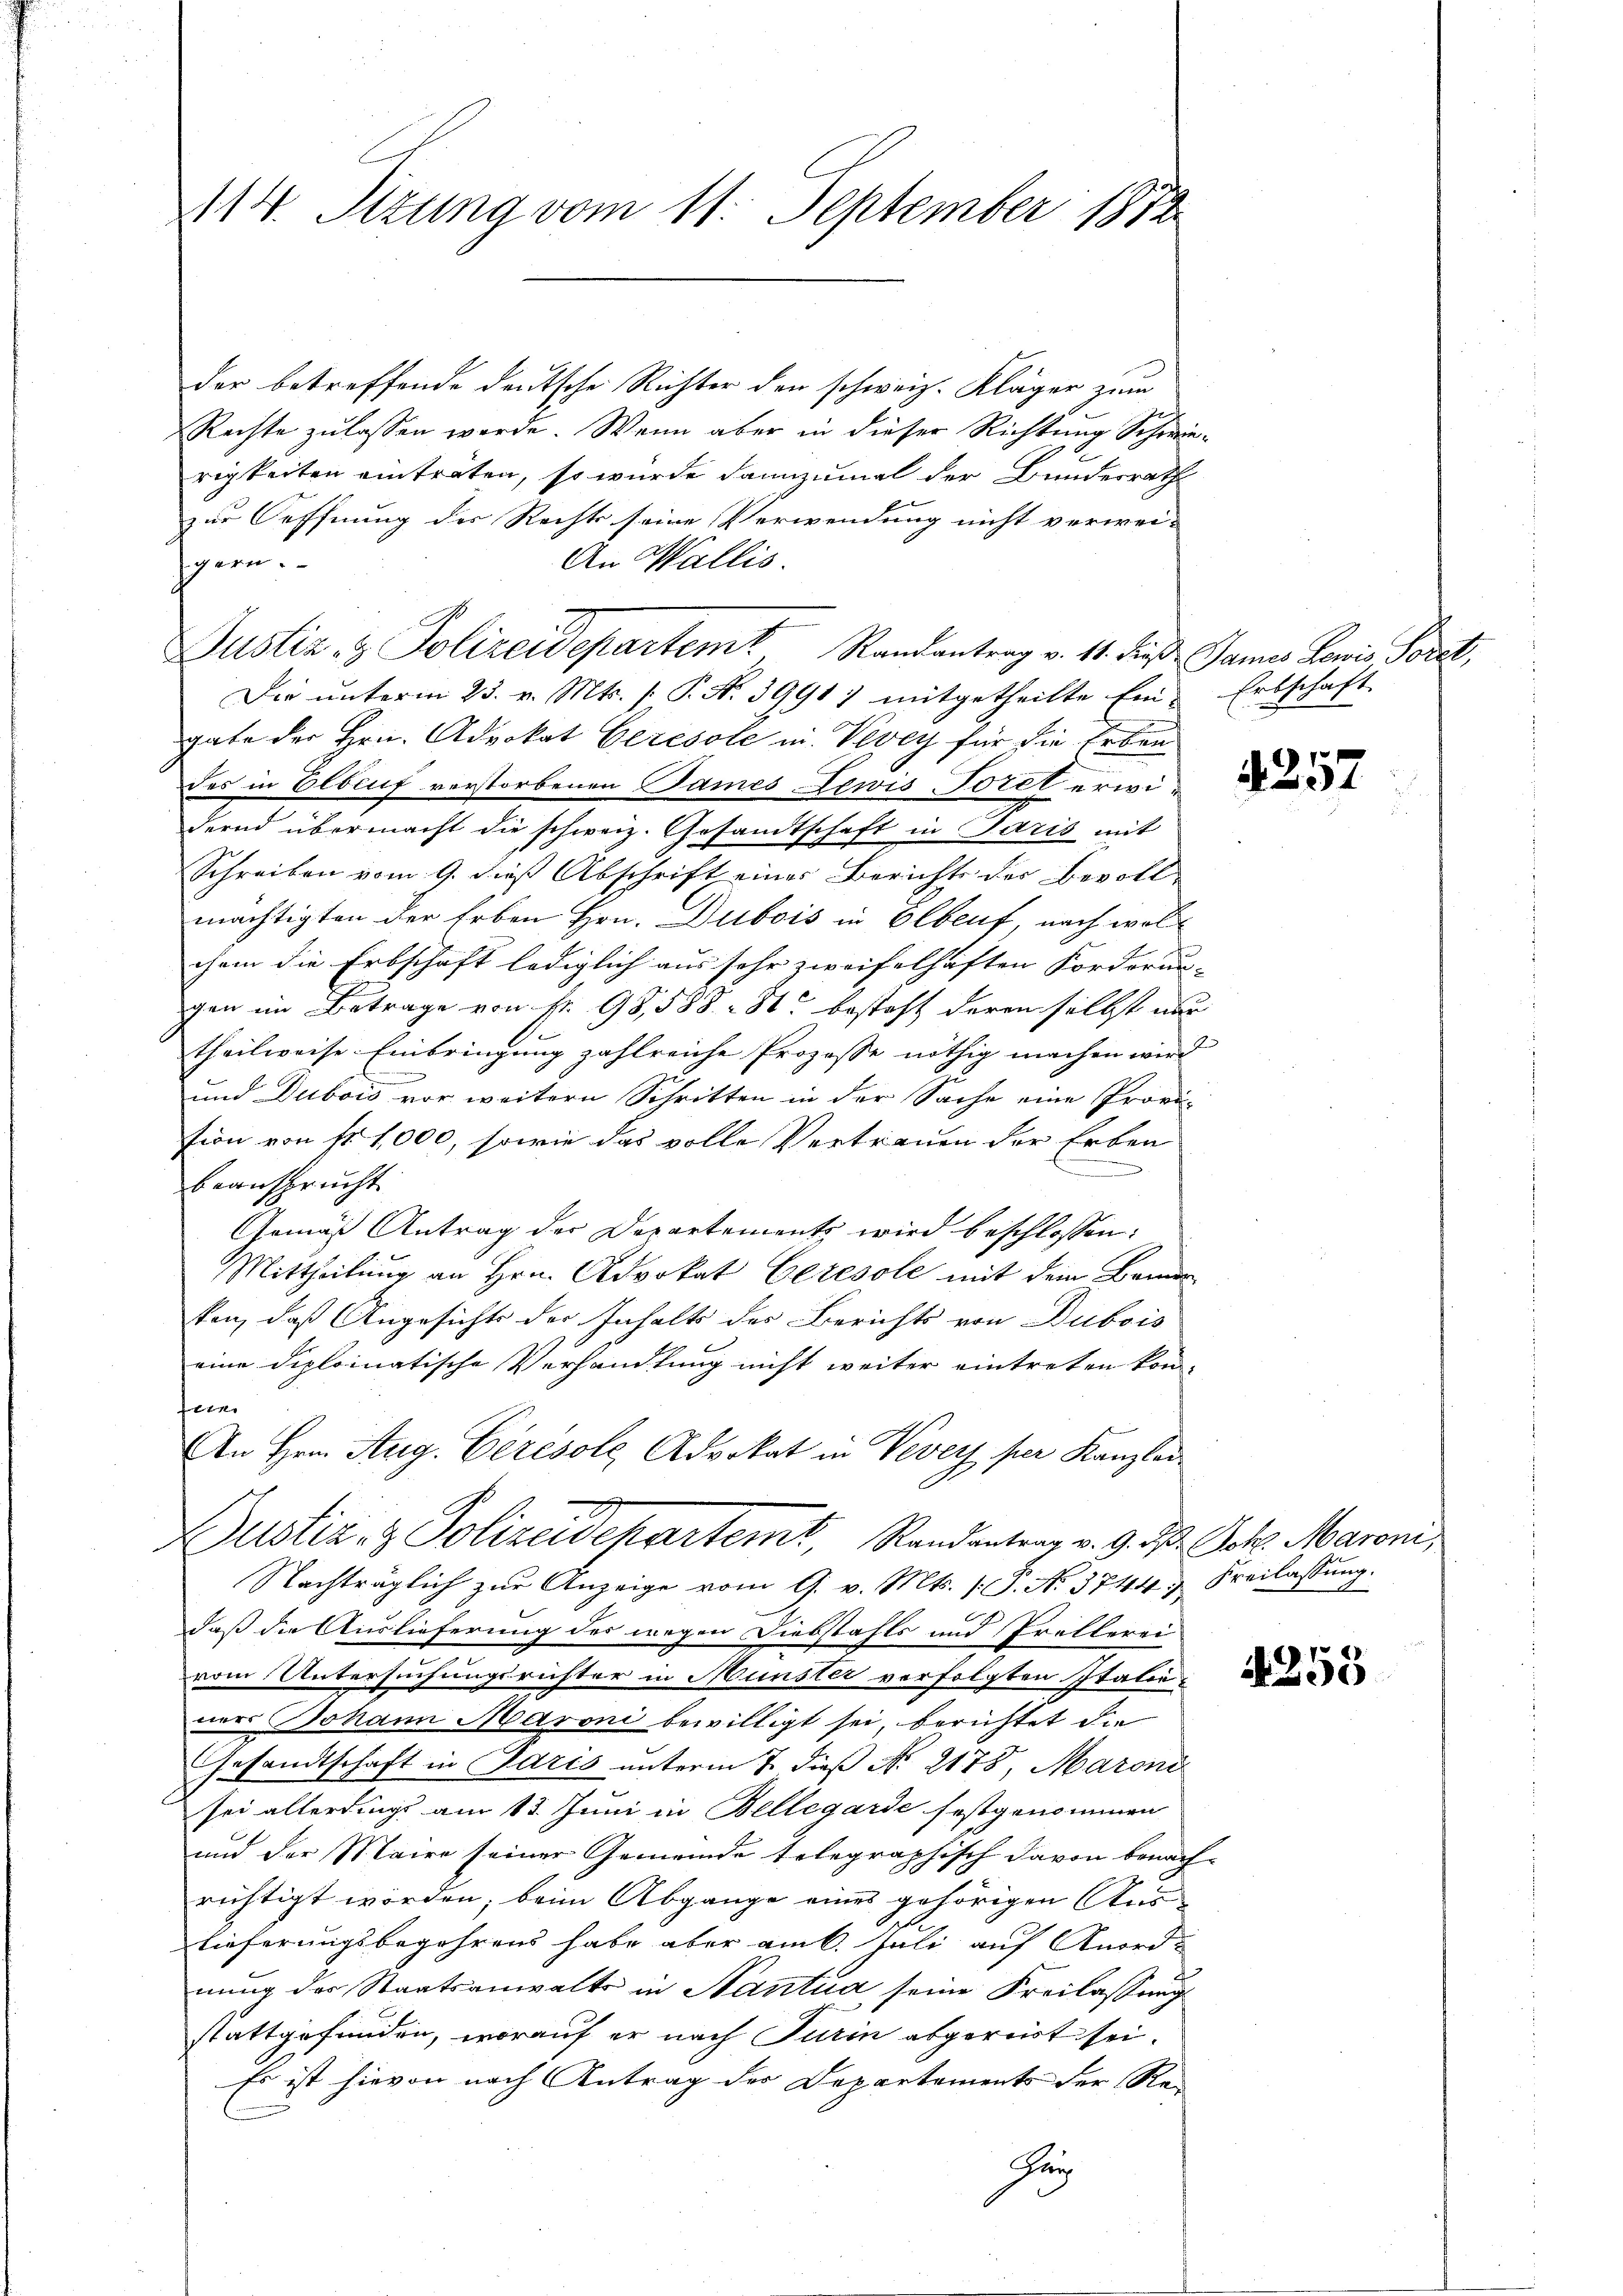
114. Stzung vom 11. September 1872

der betreffende deutsche Richter den schweiz. Kläger zum
Rechte zu lassen werde. Wenn aber in dieser Richtung Schwierigkeiten einträten, so wurde dannzumal der Bundesrath
zur Oeffnung des Rechts seine Verwendung nicht verwei-
An Wallis.
c ein
Justiz & Polizeidepartem Randantrag v. 11. dieß James Louis Forel,
Die ŭnterm 23. v. Mts. (: P. Nr. 3991) mitgetheilte Ein Erbschaft
gabe der Hrn. Advokat Ceresole in Vevey für die Erben
des in Elbeuf verstorbenen James Lewis Torel erwidernd übermacht die schweiz. Gesandtschaft in Paris mit
Schreiben vom 9. dieß Abschrift eines Berichts der Bevollmächtigten der Erben Hrn. Dubois in Olbeuf, nach woll
chem die Erbschaft lediglich aus sehr zweifelhaften Forderun-
gen im Betrage von fr. 98,588 - 8. besteht deren selbst nur
s
theilweise Einbringung zahlreiche Prozesse nöthig machen wird
und Dubois vor weitern Schritten in der Sache eine Provi-
tion von fr. 1,000, sowie das volle Vertrauen der Erben
.
beansprucht
Gemäß Antrag der Departements wird beschlossen:
Mittheilung an Hrn. Advokat Ceresole mit dem Bemer
ten, daß Angesichts der Inhalts des Berichts von Dubois
eine diplomatische Verhandlung nicht weiter eintreten kon-
fun
An Hrn. Aug. Cérésole, Advokat in Vevey per Kanzlei
Dustiz- & Polizeidepartemt, Randentrag v. 9. d. Joh. Maroni,
Nachträglich zur Anzeige vom 9. v. Mts. (T. N. 3744. Freilassung.
daß die Auslieferung des wegen Diebstahls und Prellerei
vom Untersuchungsrüster in Münster verfolgten Italie
ner Johann Maroni bewilligt sei berichtet die
Gesandtschaft in Paris unterm 7. dieß No 2178, Maroni
sei allerdings am 13. Juni in Bellegarde festgenommen
und der Maire seiner Gemeinde telegraphisch davon benach-
richtigt worden, beim Abgange eines gehörigen Auslieferungsbegehrens habe aber am 6. Juli auf Anordnung des Staatsanwalte in Nantia, seine Freilassung
stattgefunden, worauf er nach Turin abgereist sei.
Es ist hievon nach Antrag der Departements der Re
Hey

4257

i

4255